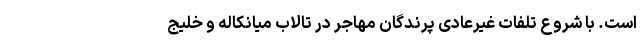
است. با شروع تلفات غیرعادی پرندگان مهاجر در تالاب میانکاله و خلیج